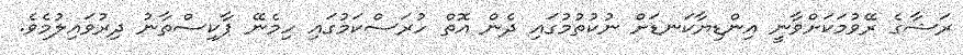
ރަޝާގެ ރޭވުމަކަށްވާނީ އިންޑިޔާކަނޑަށް ނުކުތުމުގައި ދެން އޮތް ހުރަސްކަމުގައި ހިމެނޭ ޕާކިސްތާނު ދިރުވައިލުމެވެ.